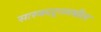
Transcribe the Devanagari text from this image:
सास्काटूनमधील